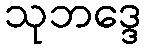
သုဘဒ္ဒေ